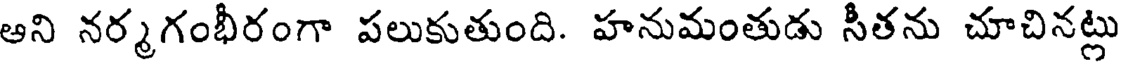
ఆని నర్మగంభీరంగా పలుకుతుంది. హనుమంతుడు సీతను చూచినట్లు